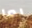
بما